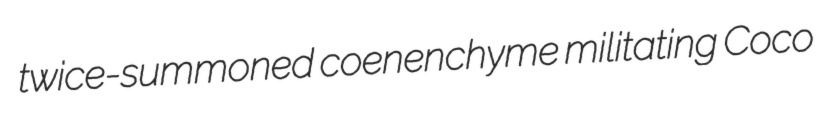
twice-summoned coenenchyme militating Coco